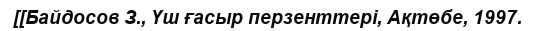
[[Байдосов З., Үш ғасыр перзенттері, Ақтөбе, 1997.